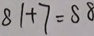
8 1 + 7 = 8 8